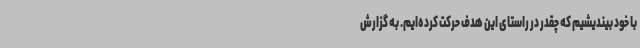
با خود بیندیشیم که چقدر در راستای این هدف حرکت کرده‌ایم. به گزارش